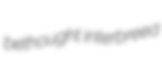
bethought interbreed